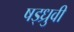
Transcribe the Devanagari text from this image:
षड्ध्रुवी